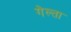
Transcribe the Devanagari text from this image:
गेल्ता